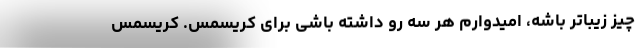
چیز زیباتر باشه، امیدوارم هر سه رو داشته باشی برای کریسمس. کریسمس